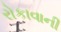
રોકાવાની